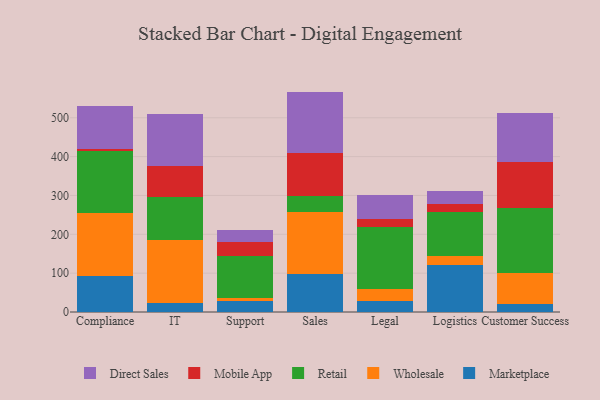
{"axis": {"x": "Department", "y": "Population (Million)"}, "legend": ["Direct Sales", "Marketplace", "Mobile App", "Retail", "Wholesale"], "data": [{"x": "Compliance", "y": 91.9, "type": "Marketplace"}, {"x": "Compliance", "y": 162.9, "type": "Wholesale"}, {"x": "Compliance", "y": 158.9, "type": "Retail"}, {"x": "Compliance", "y": 6.2, "type": "Mobile App"}, {"x": "Compliance", "y": 110.3, "type": "Direct Sales"}, {"x": "IT", "y": 22.7, "type": "Marketplace"}, {"x": "IT", "y": 163.0, "type": "Wholesale"}, {"x": "IT", "y": 110.2, "type": "Retail"}, {"x": "IT", "y": 78.9, "type": "Mobile App"}, {"x": "IT", "y": 134.3, "type": "Direct Sales"}, {"x": "Support", "y": 27.5, "type": "Marketplace"}, {"x": "Support", "y": 8.9, "type": "Wholesale"}, {"x": "Support", "y": 106.8, "type": "Retail"}, {"x": "Support", "y": 37.4, "type": "Mobile App"}, {"x": "Support", "y": 30.0, "type": "Direct Sales"}, {"x": "Sales", "y": 96.6, "type": "Marketplace"}, {"x": "Sales", "y": 161.2, "type": "Wholesale"}, {"x": "Sales", "y": 41.5, "type": "Retail"}, {"x": "Sales", "y": 109.4, "type": "Mobile App"}, {"x": "Sales", "y": 158.7, "type": "Direct Sales"}, {"x": "Legal", "y": 28.8, "type": "Marketplace"}, {"x": "Legal", "y": 30.3, "type": "Wholesale"}, {"x": "Legal", "y": 160.9, "type": "Retail"}, {"x": "Legal", "y": 19.8, "type": "Mobile App"}, {"x": "Legal", "y": 61.1, "type": "Direct Sales"}, {"x": "Logistics", "y": 120.5, "type": "Marketplace"}, {"x": "Logistics", "y": 24.1, "type": "Wholesale"}, {"x": "Logistics", "y": 113.5, "type": "Retail"}, {"x": "Logistics", "y": 20.4, "type": "Mobile App"}, {"x": "Logistics", "y": 32.8, "type": "Direct Sales"}, {"x": "Customer Success", "y": 20.2, "type": "Marketplace"}, {"x": "Customer Success", "y": 81.1, "type": "Wholesale"}, {"x": "Customer Success", "y": 167.1, "type": "Retail"}, {"x": "Customer Success", "y": 118.4, "type": "Mobile App"}, {"x": "Customer Success", "y": 124.7, "type": "Direct Sales"}]}